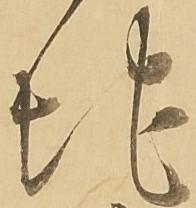
地